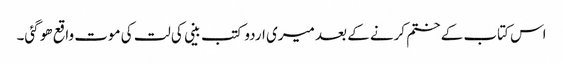
اس کتاب کے ختم کرنے کے بعد میری اردو کتب بینی کی لت کی موت واقع ھو گئی۔